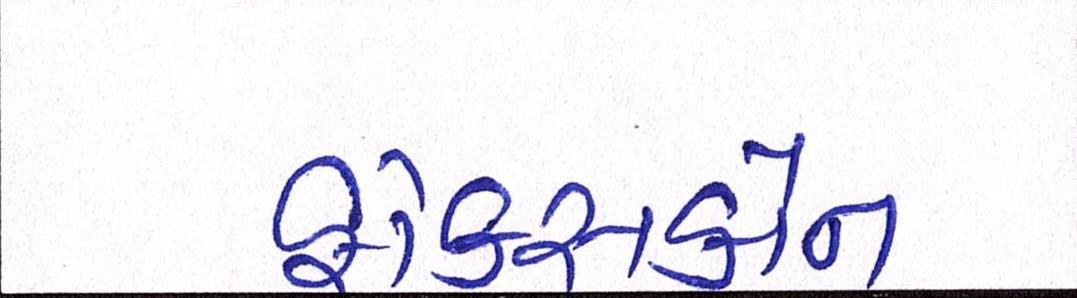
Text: ફોક્સકોન